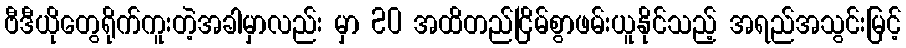
ဗီဒီယိုတွေရိုက်ကူးတဲ့အခါမှာလည်း မှာ 20 အထိတည်ငြိမ်စွာဖမ်းယူနိုင်သည့် အရည်အသွင်းမြင့်